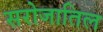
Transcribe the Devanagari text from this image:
सरोजातिल